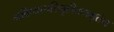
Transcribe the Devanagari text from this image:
भविष्यत्परिगृहीतममृतेन